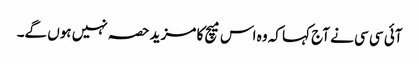
آئی سی سی نے آج کہا کہ وہ اس میچ کا مزید حصہ نہیں ہوں گے۔